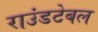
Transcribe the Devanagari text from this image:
राउंडटेबल